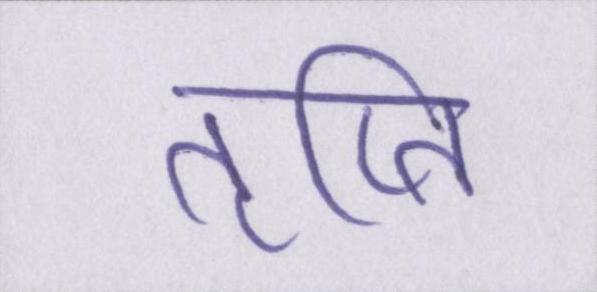
तृप्ति